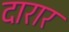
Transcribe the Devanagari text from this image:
दारार